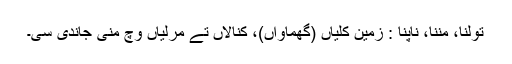
تولنا، مِننا، ناپنا : زمین کِلیاں (گھُماواں)، کنالاں تے مرلیاں وچ مِنی جاندی سی۔